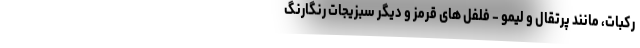
رکبات، مانند پرتقال و لیمو - فلفل های قرمز و دیگر سبزیجات رنگارنگ